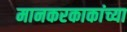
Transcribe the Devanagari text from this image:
मानकरकाकांच्या